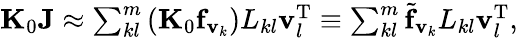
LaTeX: \begin{array}{r}{{\mathbf K}_{0}{\mathbf J}\approx\sum_{kl}^{m}\left({\mathbf K}_{0}{\mathbf f}_{{\mathbf v}_{k}}\right)L_{kl}{\mathbf v}_{l}^{\mathrm{T}}\equiv\sum_{kl}^{m}{\widetilde{\mathbf f}_{{\mathbf v}_{k}}}L_{kl}{\mathbf v}_{l}^{\mathrm{T}},}\end{array}